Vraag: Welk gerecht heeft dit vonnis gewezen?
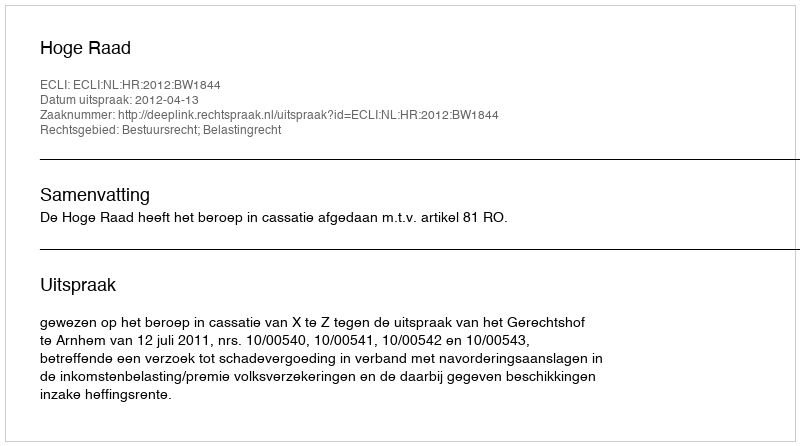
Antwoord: Hoge Raad